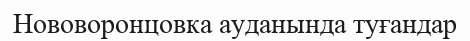
Нововоронцовка ауданында туғандар